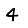
Digit: 4